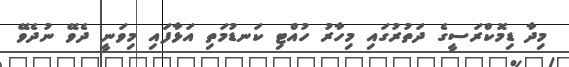
މިދާ ޑިމޮކްރަސީގެ ދަތުރުގައި މިހާރު ހުއްޓި ކަނޑުމަތި އަޅާފައި މިވަނީ ދެވޭ ނުދެވޭ